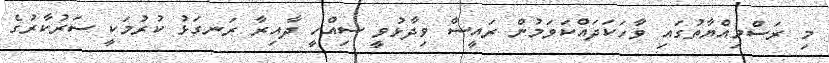
މި ރަސްމިއްޔާތުގައި ވާހަކަދައްކަވަމުން ރައީސް ވިދާޅުވީ ސިއްހީ ދާއިރާ ރަނގަޅު ކުރުމަކީ ސަރުކާރުގެ